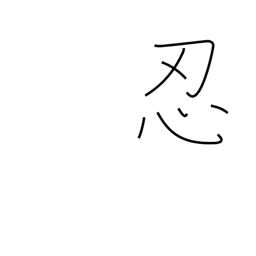
Meaning: secrete